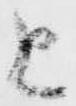
と